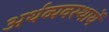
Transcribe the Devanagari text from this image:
अर्थव्यवस्थायें